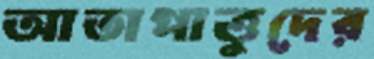
আতাপাত্তুদের